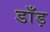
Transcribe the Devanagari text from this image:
डाँड़